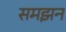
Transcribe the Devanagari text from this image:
समझन